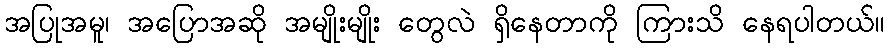
အပြုအမူ၊ အပြောအဆို အမျိုးမျိုး တွေလဲ ရှိနေတာကို ကြားသိ နေရပါတယ်။